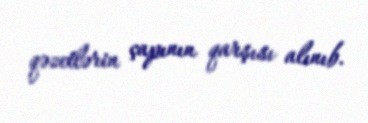
qəzetlərin çapının qarşısı alınıb.